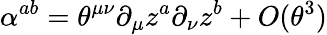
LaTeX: \alpha^{ab}=\theta^{\mu\nu}\partial_{\mu}z^{a}\partial_{\nu}z^{b}+O(\theta^{3})